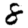
Digit: 8